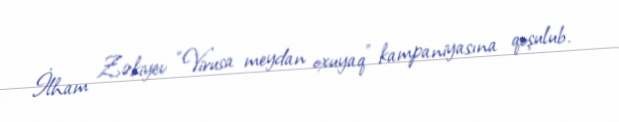
İlham Zəkiyev “Virusa meydan oxuyaq” kampaniyasına qoşulub.